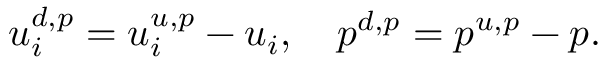
u _ { i } ^ { d , p } = u _ { i } ^ { u , p } - u _ { i } , ~ ~ ~ p ^ { d , p } = p ^ { u , p } - p .